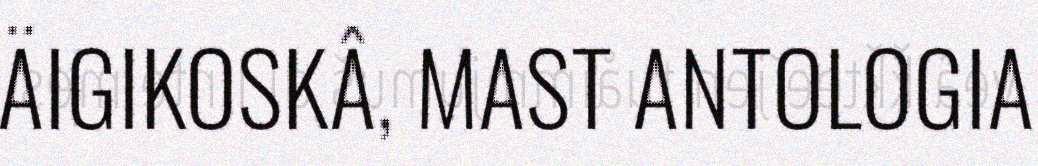
ÄIGIKOSKÂ, MAST ANTOLOGIA